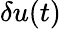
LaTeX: {\mathbf\delta u}(t)